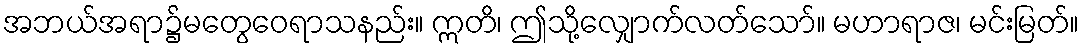
အဘယ်အရာ၌မတွေဝေရာသနည်း။ ဣတိ၊ ဤသို့လျှောက်လတ်သော်။ မဟာရာဇ၊ မင်းမြတ်။